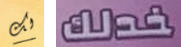
لك خدلك